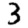
Digit: 3